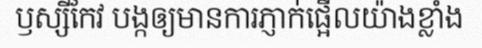
ឫស្សីកែវ បង្កឲ្យមានការភ្ញាក់ផ្អើលយ៉ាងខ្លាំង